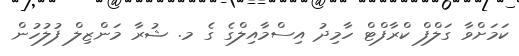
ކަމަަށްވާ ގަލްފް ކްރާފްޓް ހާމިދު އިސްމާއިލްގެ ގެ މ. ޝުރާ މަންޒިލް ފުލުހުން